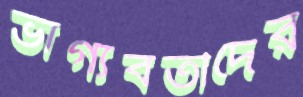
ভাগ্যবতীদের